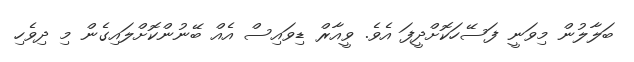
ބަލާލުން މިވަނީ ފަސޭހަކޮށްދީފަ އެވެ. ވީއާރް ޑިވައިސް އެއް ބޭނުންކޮށްލައިގެން މި ދިވެހި